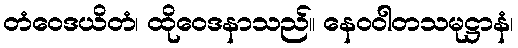
တံဝေဒယိတံ၊ ထိုဝေဒနာသည်။ နေဝဝါတသမုဋ္ဌာနံ၊